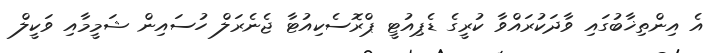
އެ އިންތިޚާބުގައި ވާދަކުރައްވާ ކުރީގެ ޑެޕިއުޓީ ޕްރޮސެކިއުޓާ ޖެނެރަލް ހުސައިން ޝަމީމާއި ވަކީލް